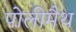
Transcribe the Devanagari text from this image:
पोलीमैथ